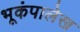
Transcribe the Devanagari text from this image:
भूकंपालेख